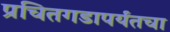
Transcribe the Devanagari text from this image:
प्रचितगडापर्यंतचा